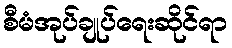
စီမံအုပ်ချုပ်ရေးဆိုင်ရာ